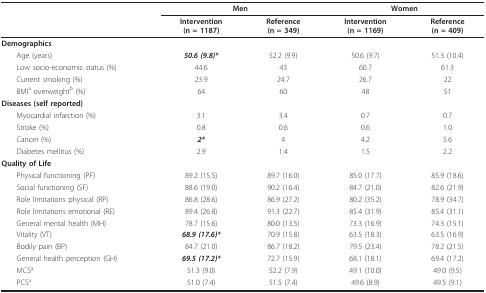
<table><thead><tr><td></td><td colspan="2"><b>Men</b></td><td colspan="2"><b>Women</b></td></tr><tr><td></td><td><b>Intervention(n = 1187)</b></td><td><b>Reference(n = 349)</b></td><td><b>Intervention(n = 1169)</b></td><td><b>Reference(n = 409)</b></td></tr></thead><tbody><tr><td><b>Demographics</b></td><td></td><td></td><td></td><td></td></tr><tr><td> Age (years)</td><td><i><b>50.6 (9.8)*</b></i></td><td>52.2 (9.9)</td><td>50.6 (9.7)</td><td>51.3 (10.4)</td></tr><tr><td> Low socio-economic status (%)</td><td>44.6</td><td>43</td><td>60.7</td><td>61.3</td></tr><tr><td> Current smoking (%)</td><td>23.9</td><td>24.7</td><td>26.7</td><td>22</td></tr><tr><td> BMI<sup>a </sup>overweight<sup>b </sup>(%)</td><td>64</td><td>60</td><td>48</td><td>51</td></tr><tr><td><b>Diseases (self reported)</b></td><td></td><td></td><td></td><td></td></tr><tr><td> Myocardial infarction (%)</td><td>3.1</td><td>3.4</td><td>0.7</td><td>0.7</td></tr><tr><td> Stroke (%)</td><td>0.8</td><td>0.6</td><td>0.6</td><td>1.0</td></tr><tr><td> Cancer (%)</td><td><i><b>2*</b></i></td><td>4</td><td>4.2</td><td>5.6</td></tr><tr><td> Diabetes mellitus (%)</td><td>2.9</td><td>1.4</td><td>1.5</td><td>2.2</td></tr><tr><td><b>Quality of Life</b></td><td></td><td></td><td></td><td></td></tr><tr><td> Physical functioning (PF)</td><td>89.2 (15.5)</td><td>89.7 (16.0)</td><td>85.0 (17.7)</td><td>85.9 (18.6)</td></tr><tr><td> Social functioning (SF)</td><td>88.6 (19.0)</td><td>90.2 (16.4)</td><td>84.7 (21.0)</td><td>82.6 (21.9)</td></tr><tr><td> Role limitations physical (RP)</td><td>86.8 (28.6)</td><td>86.9 (27.2)</td><td>80.2 (35.2)</td><td>78.9 (34.7)</td></tr><tr><td> Role limitations emotional (RE)</td><td>89.4 (26.8)</td><td>91.3 (22.7)</td><td>85.4 (31.9)</td><td>85.4 (31.1)</td></tr><tr><td> General mental health (MH)</td><td>78.7 (15.6)</td><td>80.0 (13.5)</td><td>73.3 (16.9)</td><td>74.3 (15.1)</td></tr><tr><td> Vitality (VT)</td><td><i><b>68.9 (17.6)*</b></i></td><td>70.9 (15.8)</td><td>63.5 (18.3)</td><td>63.5 (16.9)</td></tr><tr><td> Bodily pain (BP)</td><td>84.7 (21.0)</td><td>86.7 (18.2)</td><td>79.5 (23.4)</td><td>78.2 (21.5)</td></tr><tr><td> General health perception (GH)</td><td><i><b>69.5 (17.2)*</b></i></td><td>72.7 (15.9)</td><td>68.1 (18.1)</td><td>69.4 (17.2)</td></tr><tr><td> MCS<sup>a</sup></td><td>51.3 (9.0)</td><td>52.2 (7.9)</td><td>49.1 (10.0)</td><td>49.0 (9.5)</td></tr><tr><td> PCS<sup>a</sup></td><td>51.0 (7.4)</td><td>51.5 (7.4)</td><td>49.6 (8.9)</td><td>49.5 (9.1)</td></tr></tbody></table>